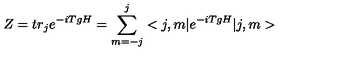
Z = t r _ { j } e ^ { - i T g H } = \sum _ { m = - j } ^ { j } < j , m | e ^ { - i T g H } | j , m >